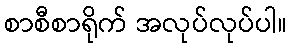
စာစီစာရိုက် အလုပ်လုပ်ပါ။